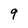
Character: 9